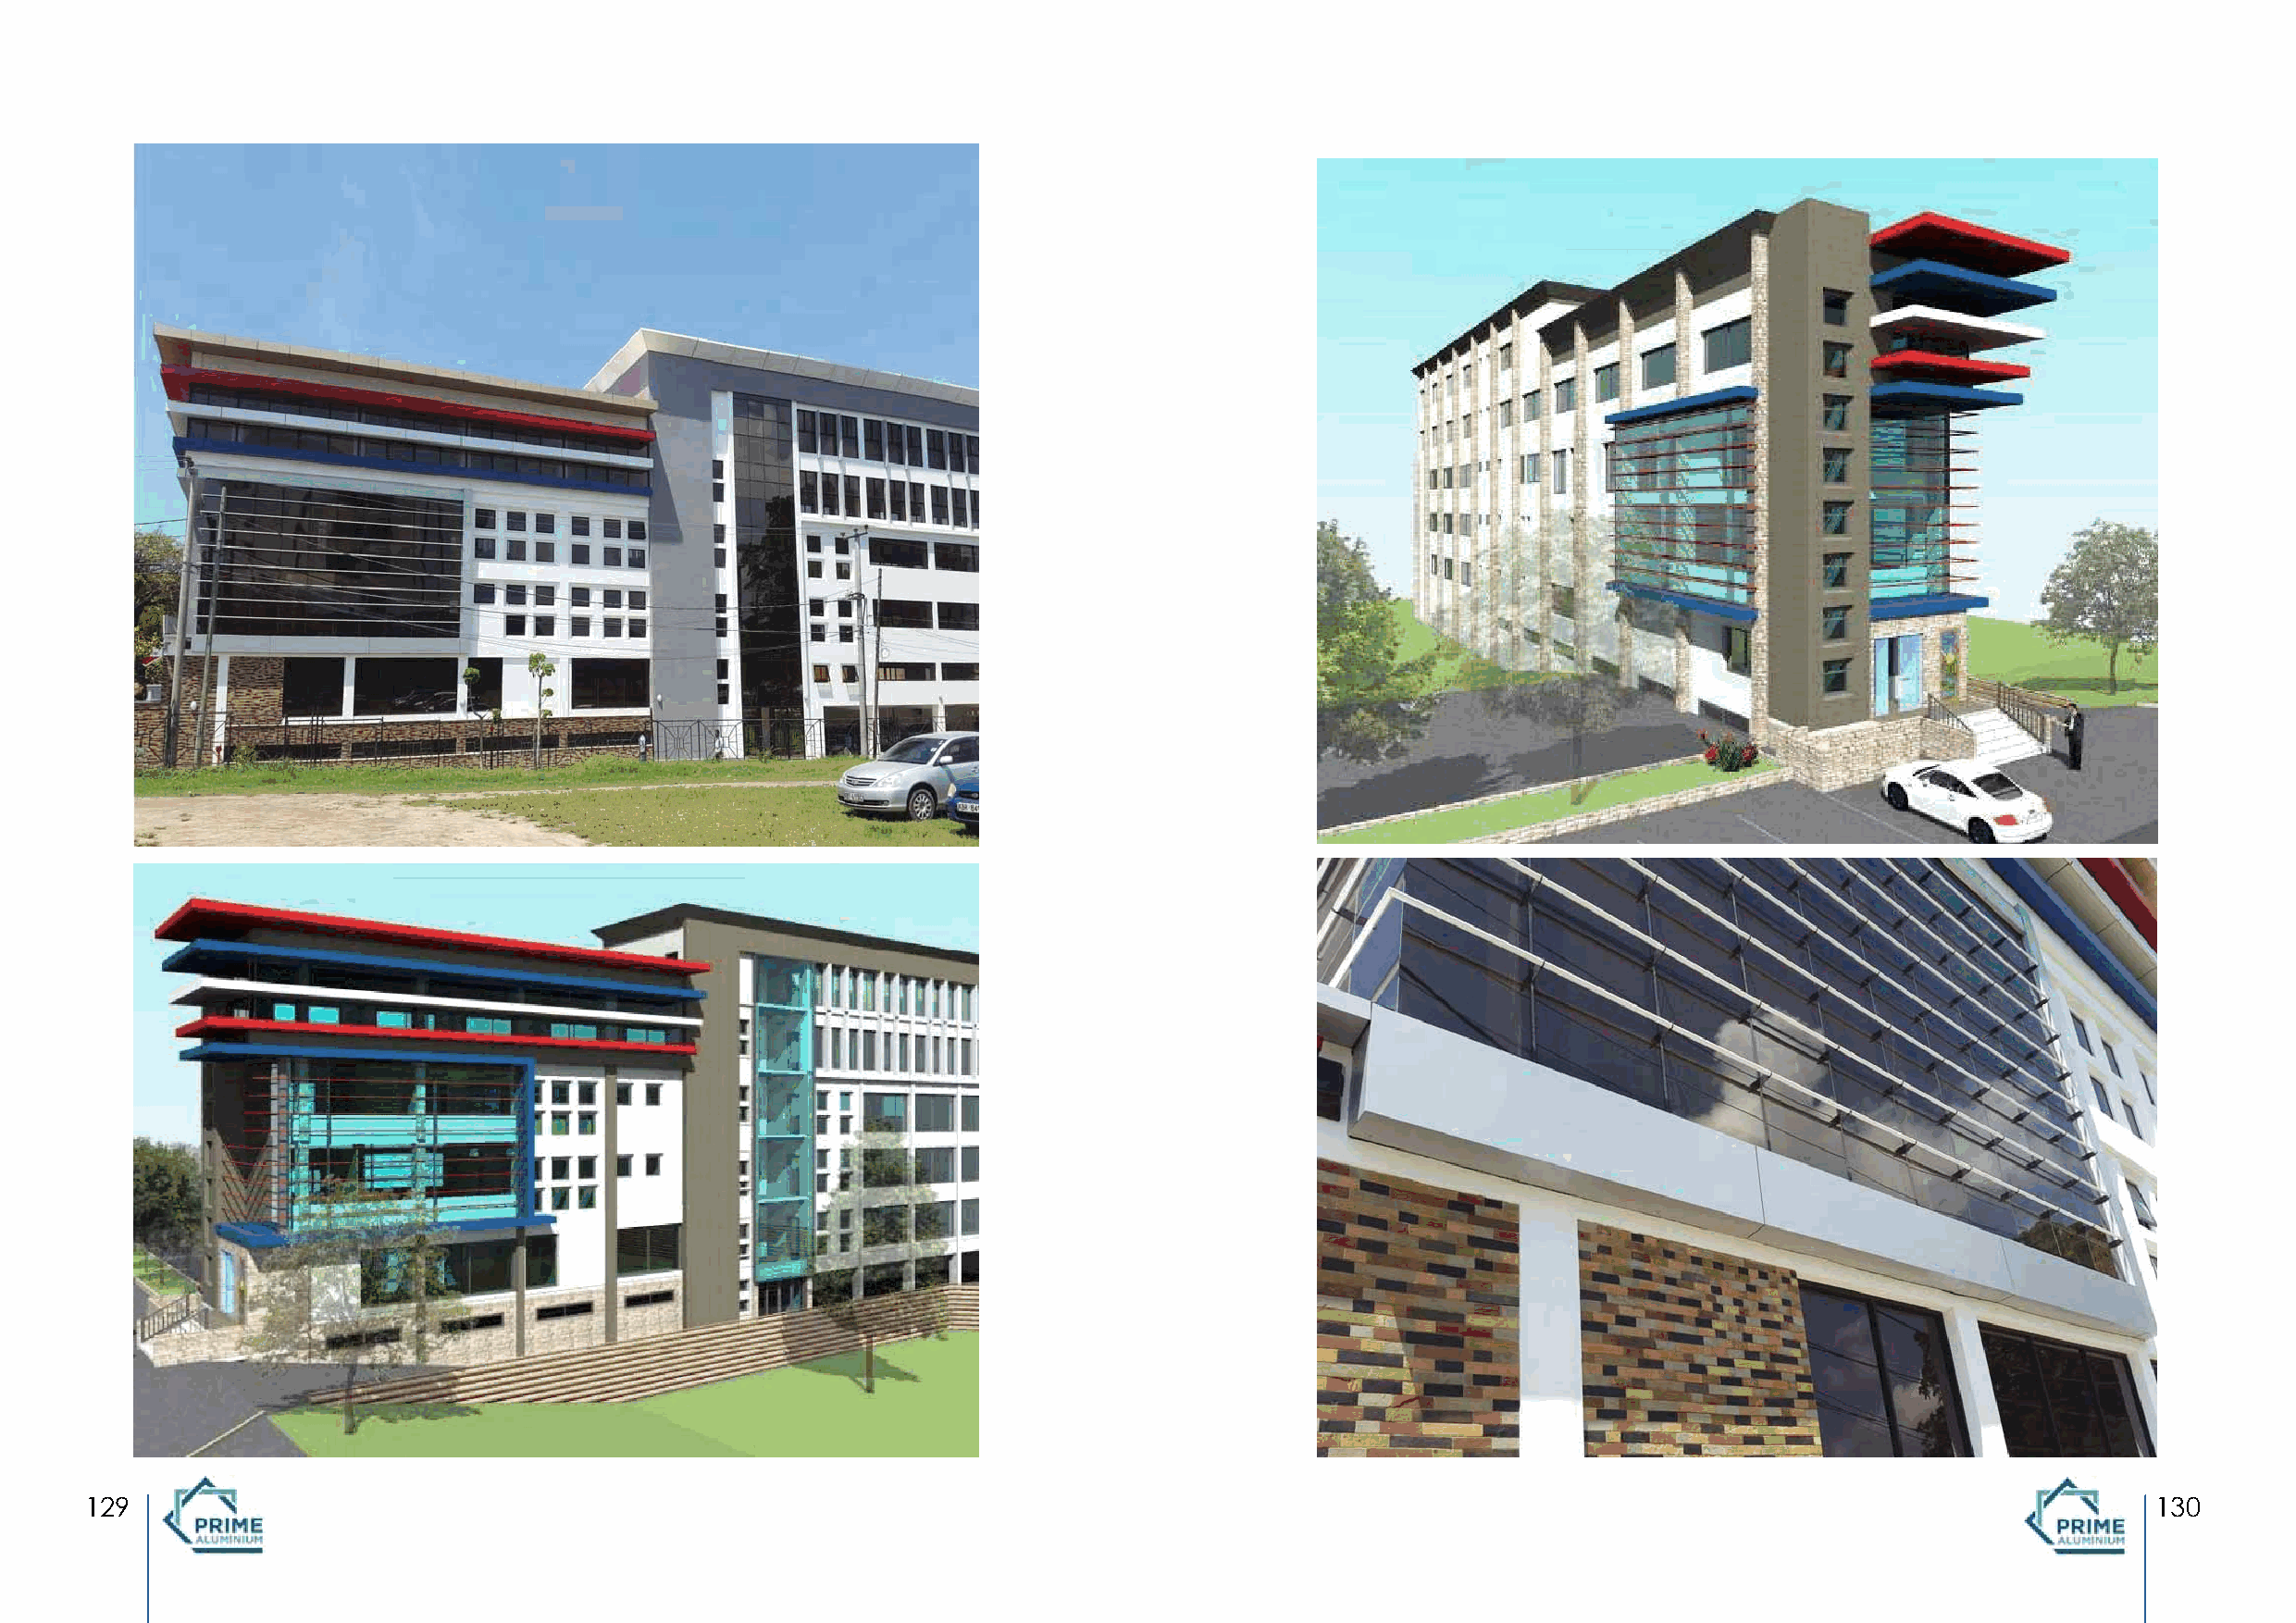
FIDELITY  BANK   HQ,  MOMBASA
 “Curtain Walling, Glazing and Cladding”
 129                                                                                                                                                 130